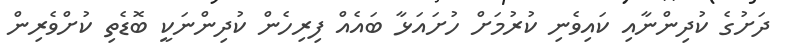
ދަށުގެ ކުދިންނާއި ކައިވެނި ކުރުމަށް ހުށައަޅާ ބައެއް ފިރިހެން ކުދިންނަކީ ބޮޑެތި ކުށްވެރިން